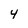
Character: 4